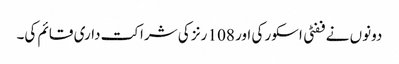
دونوں نے ففٹی اسکور کی اور 108 رنز کی شراکت داری قائم کی۔